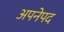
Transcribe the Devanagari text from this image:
अपनेपद